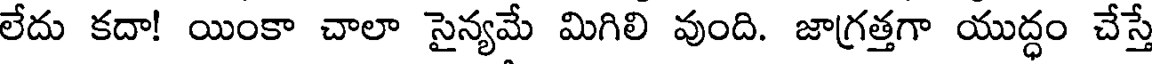
లేదు కదా! యింకా చాలా సైన్యమే మిగిలి వుంది. జాగ్రత్తగా యుద్ధం చేస్తే